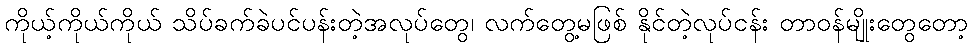
ကိုယ့်ကိုယ်ကိုယ် သိပ်ခက်ခဲပင်ပန်းတဲ့အလုပ်တွေ၊ လက်တွေ့မဖြစ် နိုင်တဲ့လုပ်ငန်း တာဝန်မျိုးတွေတော့